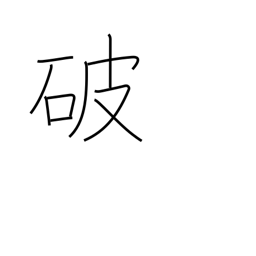
Meaning: rip